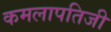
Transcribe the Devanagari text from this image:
कमलापतिजी